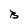
Character: B